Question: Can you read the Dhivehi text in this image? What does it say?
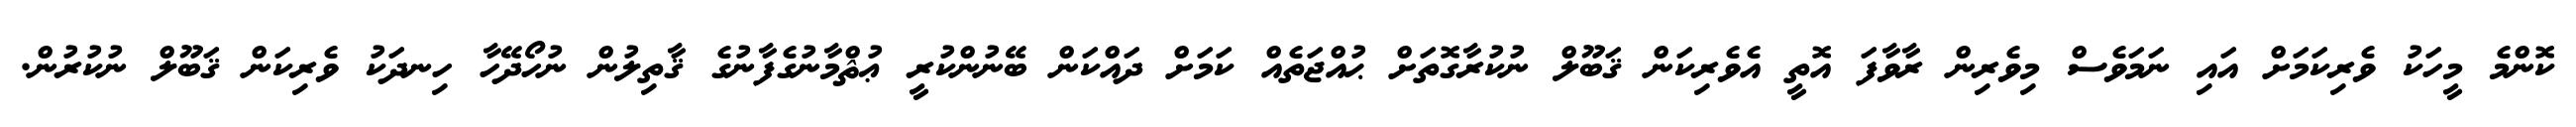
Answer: ކޮންމެ މީހަކު ވެރިކަމަށް އައި ނަމަވެސް މިވެރިން ރާވާފަ އޮތީ އެވެރިކަން ޤަބޫލް ނުކުރާގޮތަށް ޙުއްޖަތެއް ކަމަށް ދައްކަން ބޭނުންކުރީ ޢުޘްމާނުގެފާނުގެ ޤާތިލުން ނުހޯދޭހާ ހިނދަކު ވެރިކަން ޤަބޫލް ނުކުރުން.